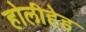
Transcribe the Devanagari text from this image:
होलीहेड